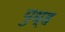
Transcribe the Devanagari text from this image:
युध्ह